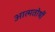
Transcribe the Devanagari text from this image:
आत्मतोषीं